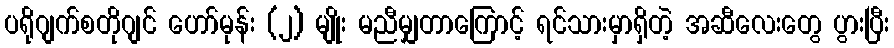
ပရိုဂျက်စတိုဂျင် ဟော်မုန်း (၂) မျိုး မညီမျှတာကြောင့် ရင်သားမှာရှိတဲ့ အဆီလေးတွေ ပွားပြီး